Leaving Certificate Examination, 1915
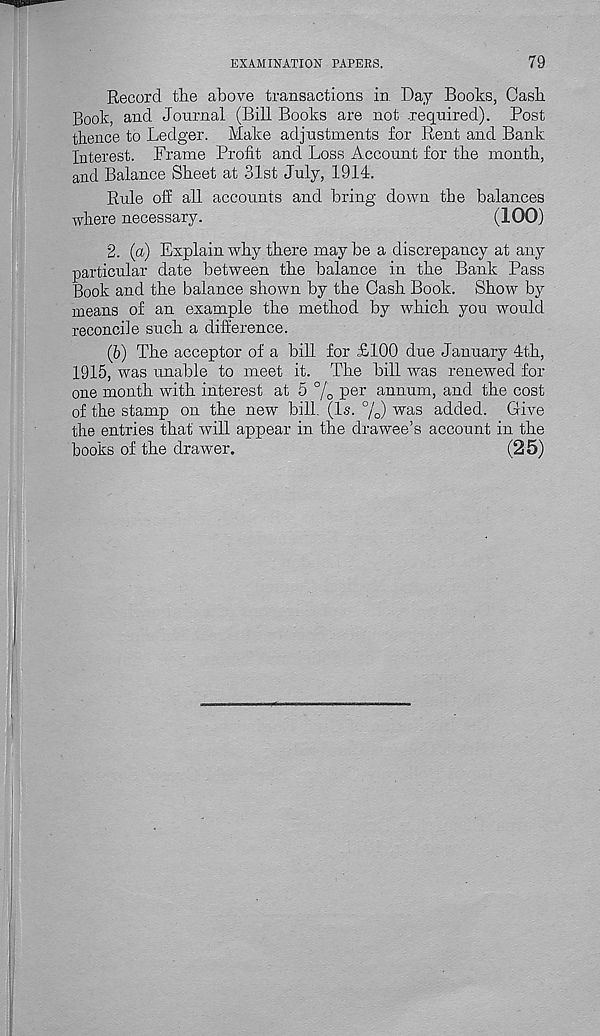
EXAMINATION PAPERS.
79
Record the above transactions in Day Books, Cash
Rook, and Journal (Bill Books are not required). Post
thence to Ledger. Make adjustments for Rent and Bank
Interest. Frame Profit and Loss Account for the month,
and Balance Sheet at 31st July, 1914.
Rule off all accounts and bring down the balances
where necessary.
(100)
2. (a) Explain why there may be a discrepancy at any
particular date between the balance in the Bank Pass
Book and the balance shown by the Cash Book. Show by
means of an example the method by which you would
reconcile such a difference.
(6) The acceptor of a bill for £100 due January 4th,
1915, was unable to meet it. The bill was renewed for
one month with interest at 5 % P er annum, and the cost
of the stamp on the new bill. (Is. %) was added. Give
the entries that will appear in the drawee’s account in the
books of the drawer.
(25)